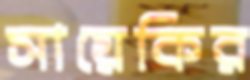
সায়েকির